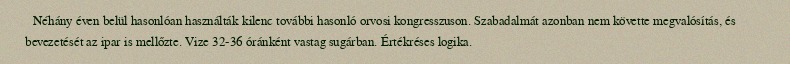
Néhány éven belül hasonlóan használták kilenc további hasonló orvosi kongresszuson. Szabadalmát azonban nem követte megvalósítás, és bevezetését az ipar is mellőzte. Vize 32-36 óránként vastag sugárban. Értékréses logika.